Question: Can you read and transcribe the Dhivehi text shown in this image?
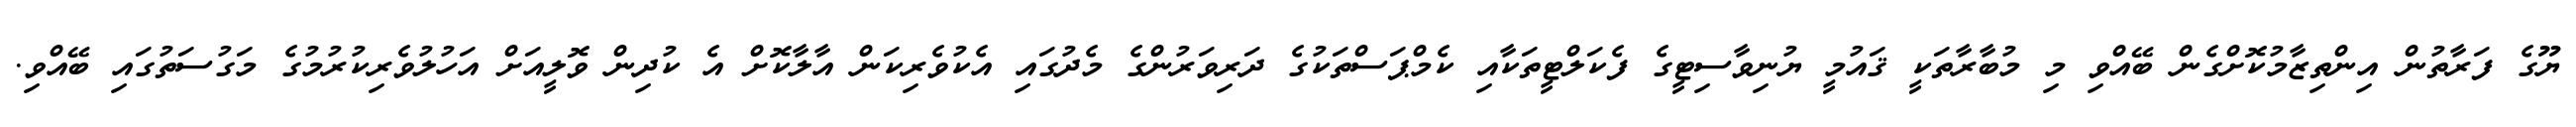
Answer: ޔޫގެ ފަރާތުން އިންތިޒާމުކޮށްގެން ބޭއްވި މި މުބާރާތަކީ ޤައުމީ ޔުނިވާސިޓީގެ ފެކަލްޓީތަކާއި ކެމްޕަސްތަކުގެ ދަރިވަރުންގެ މެދުގައި އެކުވެރިކަން އާލާކޮށް އެ ކުދިން ވޮލީއަށް އަހުލުވެރިކުރުމުގެ މަގުސަތުގައި ބޭއްވި.